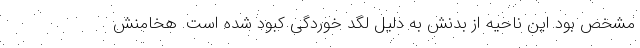
مشخص بود این ناحیه از بدنش به دلیل لگد خوردگی کبود شده است. هخامنش